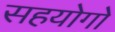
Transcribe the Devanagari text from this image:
सहयोगो